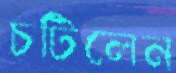
চটিলেন